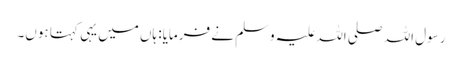
رسول اللہ صلی اللہ علیہ وسلم نے فرمایا: ہاں میں یہی کہتا ہوں۔